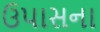
ઉપાસના